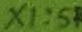
Text: X1:5